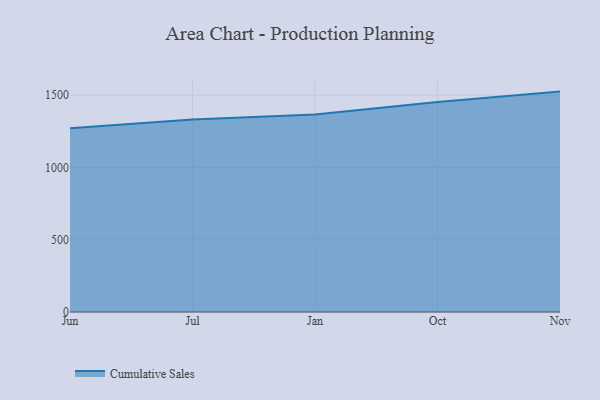
{"axis": {"x": "Month", "y": "Humidity (%)"}, "legend": ["Cumulative Sales"], "data": [{"x": "Jun", "y": 1271.6, "type": "Cumulative Sales"}, {"x": "Jul", "y": 1332.6, "type": "Cumulative Sales"}, {"x": "Jan", "y": 1367.2, "type": "Cumulative Sales"}, {"x": "Oct", "y": 1453.2, "type": "Cumulative Sales"}, {"x": "Nov", "y": 1525.5, "type": "Cumulative Sales"}]}